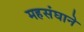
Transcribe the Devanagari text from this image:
महसंघाने